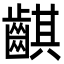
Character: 䶞